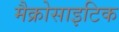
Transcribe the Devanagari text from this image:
मैक्रोसाइटिक